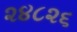
૨૪૮૨૬